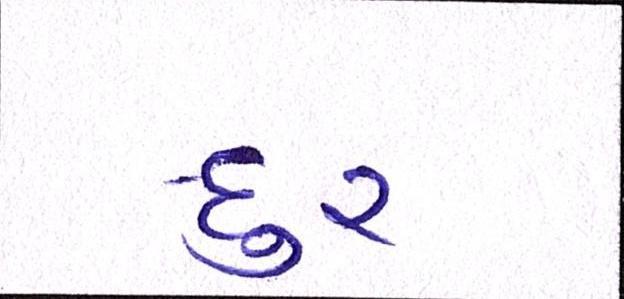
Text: દુર